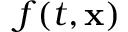
f ( t , \mathbf { x } )